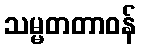
သမ္မတတာဝန်